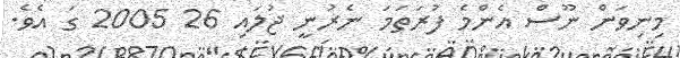
މިނިވަން ނޫސް އެންމެ ފުރަތަމަ ނެރުނީ ޖުލައި 26 2005 ގަ އެވެ.